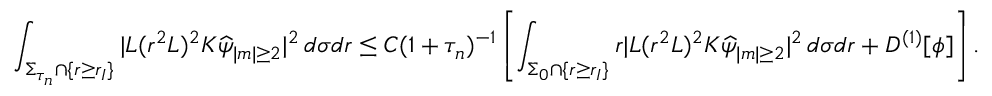
\int _ { \Sigma _ { \tau _ { n } } \cap \{ r \geq r _ { I } \} } | L ( r ^ { 2 } L ) ^ { 2 } K \widehat { \psi } _ { | m | \geq 2 } | ^ { 2 } \, d \sigma d r \leq C ( 1 + \tau _ { n } ) ^ { - 1 } \left[ \int _ { \Sigma _ { 0 } \cap \{ r \geq r _ { I } \} } r | L ( r ^ { 2 } L ) ^ { 2 } K \widehat { \psi } _ { | m | \geq 2 } | ^ { 2 } \, d \sigma d r + D ^ { ( 1 ) } [ \phi ] \right] .